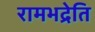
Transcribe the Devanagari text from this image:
रामभद्रेति